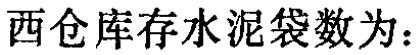
西仓库存水泥袋数为：